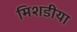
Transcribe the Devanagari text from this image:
मिशडीया